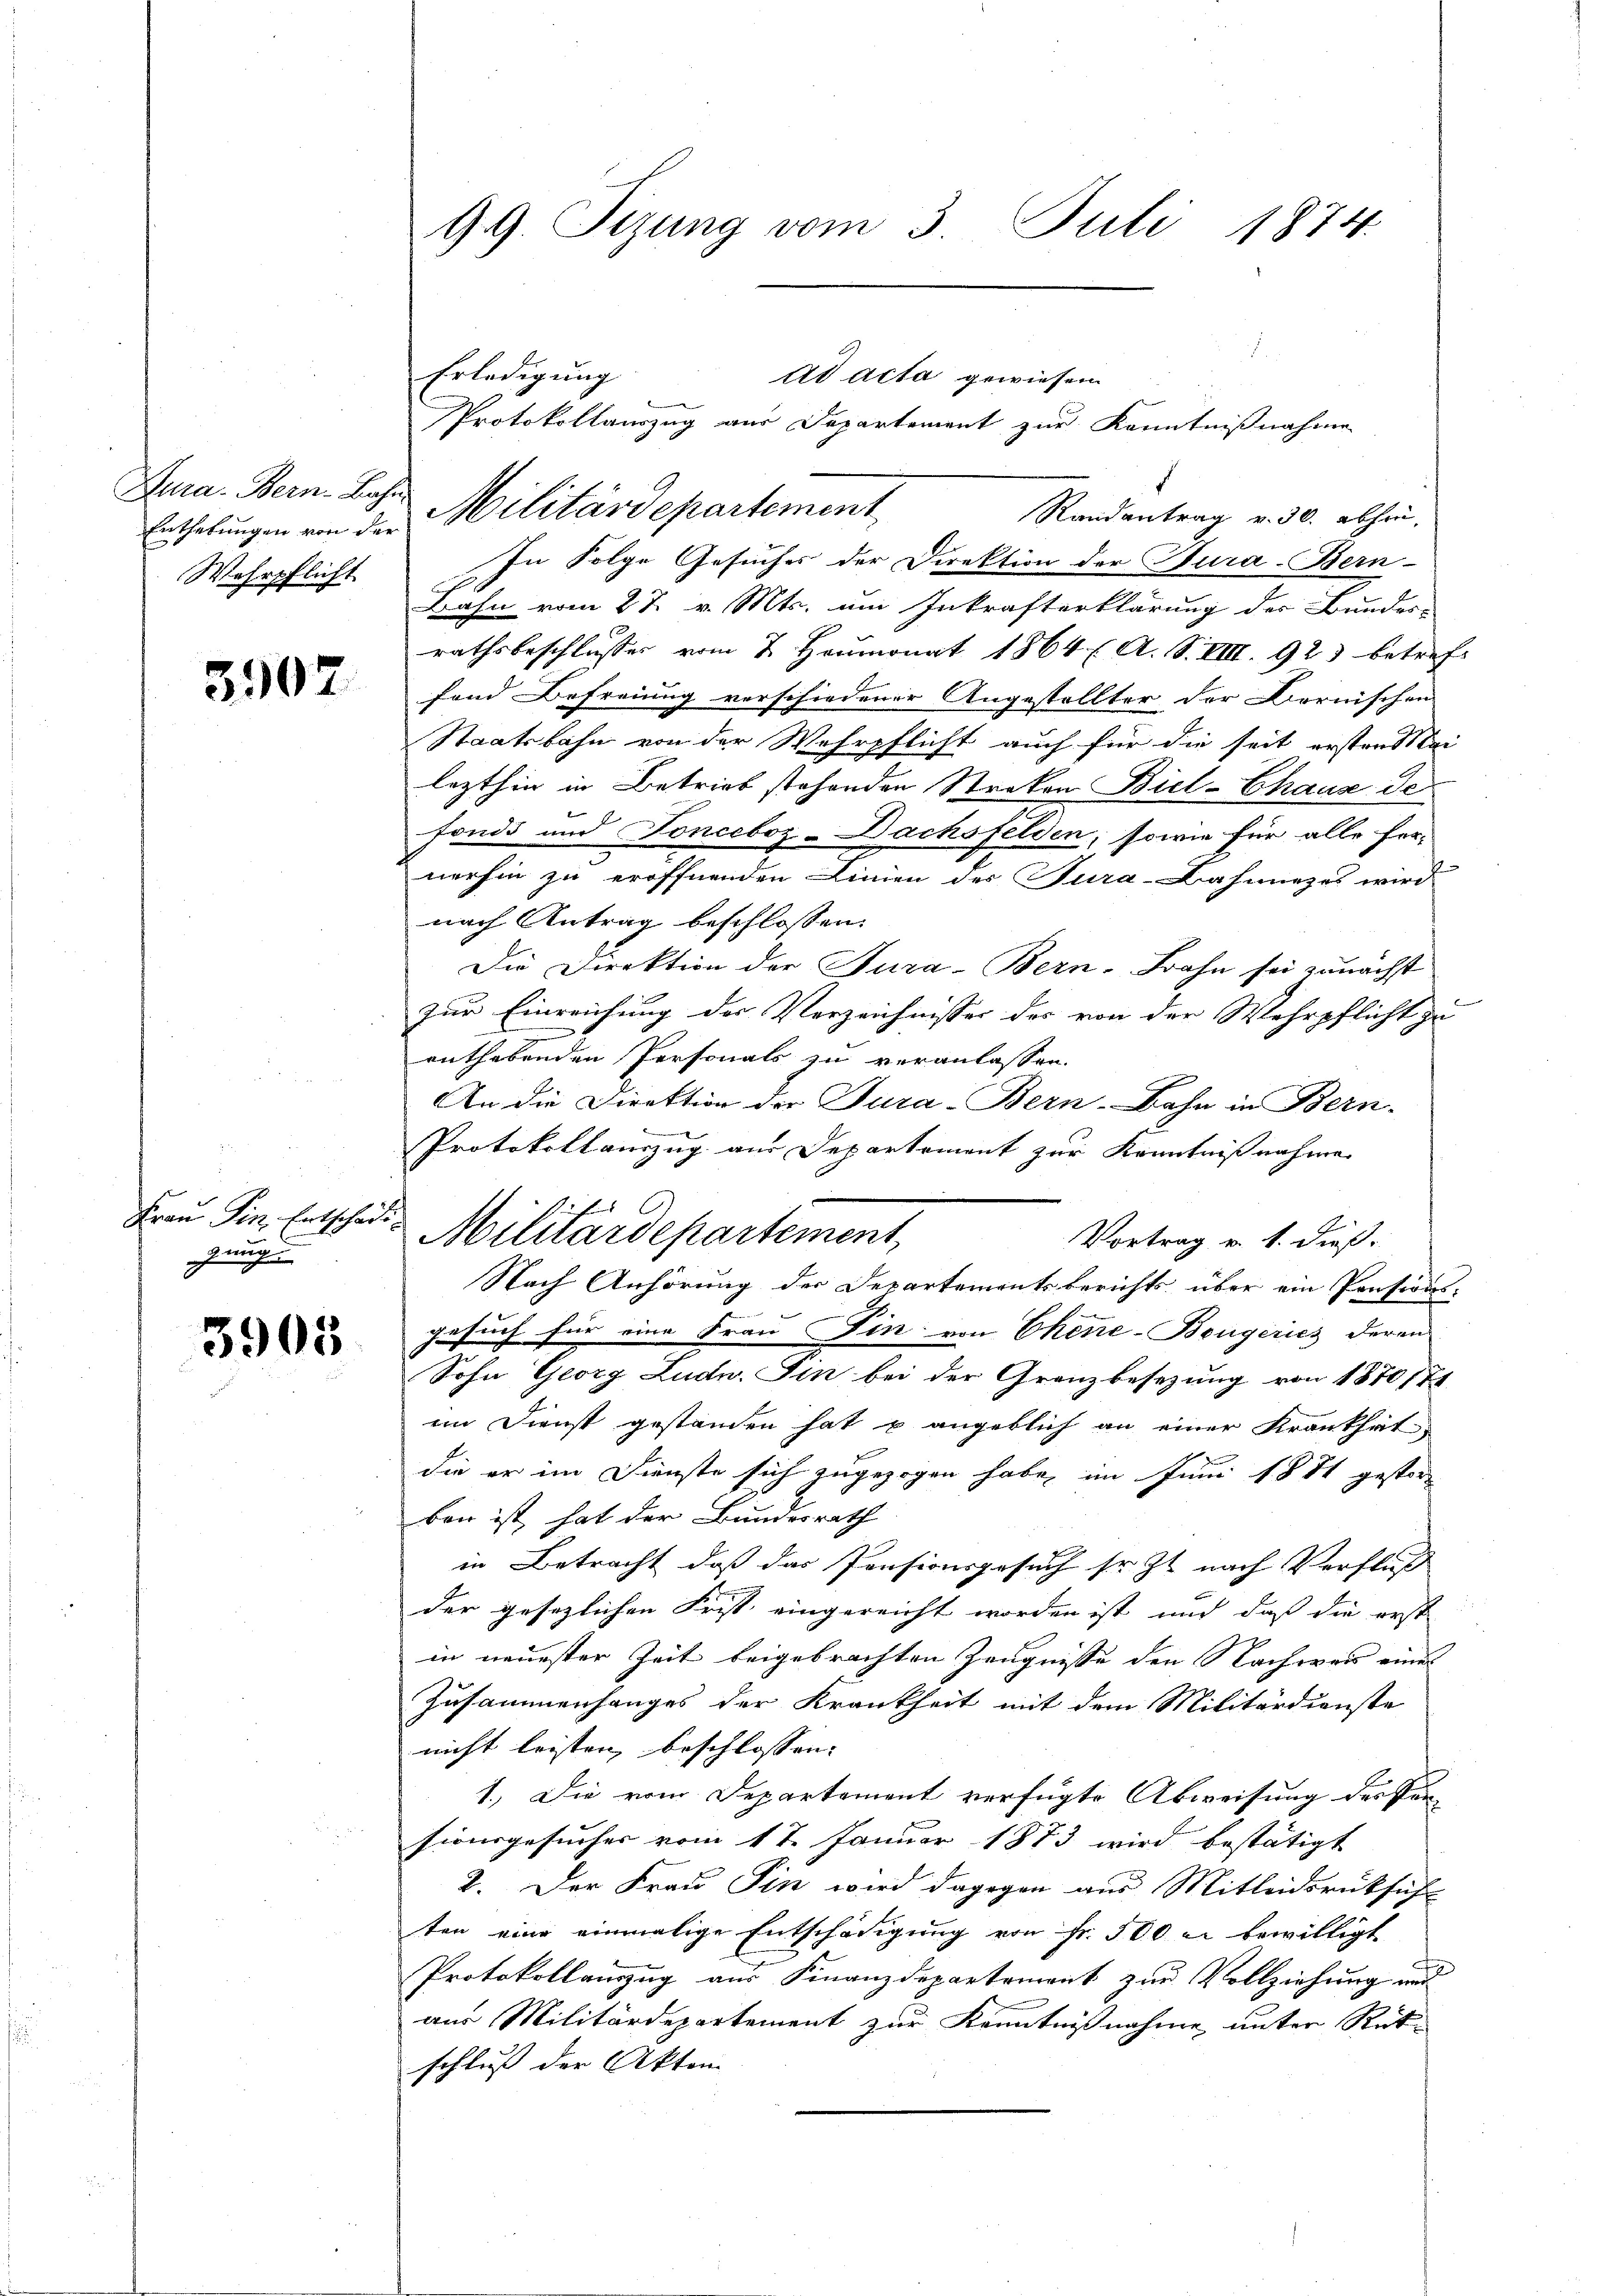
Enthebungen von der
Wehrpflicht

3907

Frau Pin. Entschäd
gung

3905

99. Sizung vom 3. Juli 1874.

Erledigung
Dura. Bern. Bahn Militärdepartement,
Randantrag v. 30. abhin,
In Folge Gesuches der Direktion der Fura-Bern-
Bahn vom 27. v. Mts. um Inkrafterklärung des Bundes-
rathsbeschlusser vom 2. Heumonat 1864 ( A. S. VIII. 923 betref
fand Befreiung verschiedener Angestellter der Bornischen
Staatsbahn von der Wehrpflicht auch für die seit ersten Mai
lezthin in Betrieb stehenden Streken Biel-Chaus de
fonds und Fonceboz-Dachsfelden, sowie für alle fer-
nerhin zu eröffnenden Linien der Tura-Bahnnezes wird
nach Antrag beschlossen:
Die Direktion der Tura-Bern. Bahn sei zunächst
zur Einreichung der Verzeichnisser des von der Wehrpflicht zu
enthebenden Personals zu veranlassen.
An die Direktion der Tura-Bern-Bahn in Bern-
Protokollauszug aus Departement zur Kenntnißnahme
s
Militärdepartement
Vortrag v. 1. dieß
Nach Anhörung der Departementsberichts über ein Pensions-
gesuch für eine Frau in von Chine-Bengericz deren
Sohn Georg Ludw. Fin bei der Granzbesezung von 1870/71
im Dienst gestanden hat p angeblich an einer Krankhat,
die er im Dienste sich zugezogen habe, im Juni 1881 gestor
ben ist, hat der Bundesrath
in Betracht, daß das Pensionsgesuch so zu nach Verfluß
der gesezlichen Frist eingereicht worden ist, und daß die erst
in neuester Zeit beigebrachten Zeugnisse den Nachwass eines
Zusammenhanges der Krankheit mit dem Militärdienste
nicht leisten, beschlossen: |
1.) Die vom Departement verfügte Abweisung des Pun-
sionsgesucher vom 17. Januar 1873 wird bestätigt
2. Der Frau Pin wird dagegen aus Mitleidsrücksich
ten eine einmalige Entschädigung von Fr. 500 u. bewilligt
Protokollanzug aus Finanzdepartement zur Vollziehung und
aus Militärdepartement zur Kenntnißnahme, unter Rütschluß der Akten |

.
At Acta gewiesen
Protokollauszug aus Departement zur Kenntnißnahme